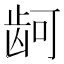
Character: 𮯙